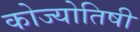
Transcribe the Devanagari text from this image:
कोज्योतिषी